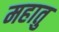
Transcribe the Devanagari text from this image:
महातु